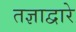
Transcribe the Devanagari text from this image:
तज्ञाद्वारे